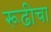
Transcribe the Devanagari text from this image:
रूढीचा